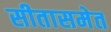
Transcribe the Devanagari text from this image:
सीतासमेत